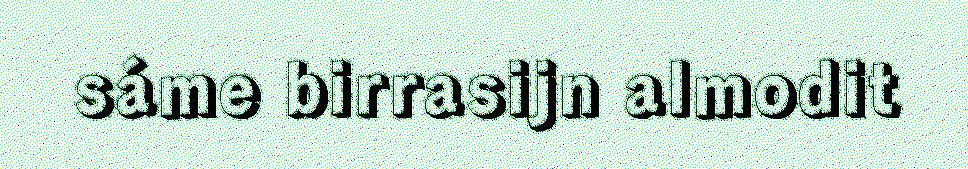
sáme birrasijn almodit